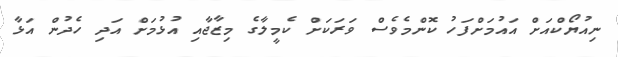
ނިއުޔޯކްއަށް އައުމަށްފަހު ކޮންމެވެސް ވަރަކަށް ކެމީލާގެ މިޒާޖާއި އުޅުމަށް އަދި ހެދުން އަޅާ